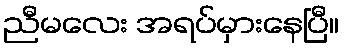
ညီမလေး အရပ်မှားနေပြီ။